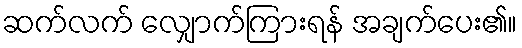
ဆက်လက် လျှောက်ကြားရန် အချက်ပေး၏။